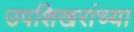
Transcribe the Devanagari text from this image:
उपशिखरांच्या